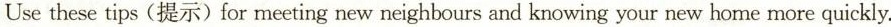
Use these tips (提示)for meeting new neighbours and knowing your new home more quickly.